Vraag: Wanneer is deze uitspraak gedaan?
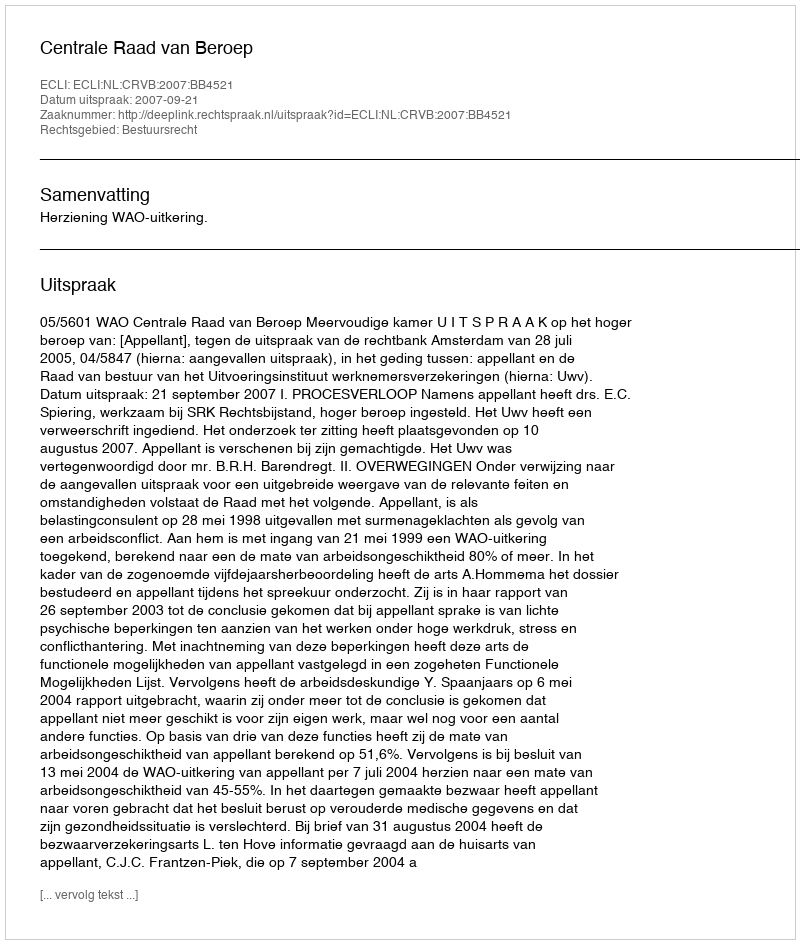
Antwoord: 2007-09-21